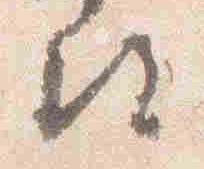
尋